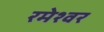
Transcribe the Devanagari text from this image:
रमेश्वर